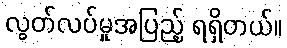
လွတ်လပ်မှုအပြည့် ရရှိတယ်။